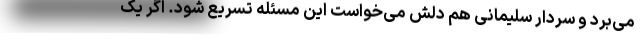
می‌برد و سردار سلیمانی هم دلش می‌خواست این مسئله تسریع شود. اگر یک